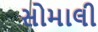
સોમાલી